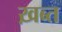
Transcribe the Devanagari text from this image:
ख़ब्त